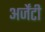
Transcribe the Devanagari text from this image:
अर्जेंटी